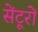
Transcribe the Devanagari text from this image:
सेंटूरों